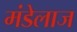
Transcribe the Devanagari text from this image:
मंडेलाज